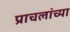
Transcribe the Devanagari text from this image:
प्राचलांच्या